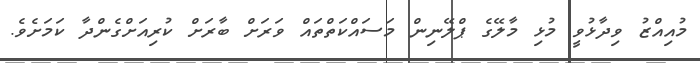
މުއިއްޒު ވިދާޅުވީ މުޅި މާލޭގެ ޕްލޭނިން މަސައްކަތްތައް ވަރަށް ބާރަށް ކުރިއަށްގެންދާ ކަމަށެވެ.